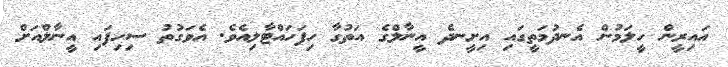
އައިރީން ހީލަމުން އެނދުމަތީގައި އިށީނދެ އީނާލްގެ އަތުގާ ހިފަހައްޓާލިއެވެ. އެވަގުތު ސިހިފައި އީނާލްއަށް